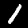
Label: 1